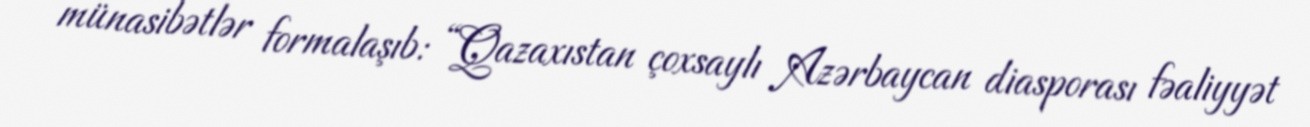
münasibətlər formalaşıb: “Qazaxıstan çoxsaylı Azərbaycan diasporası fəaliyyət